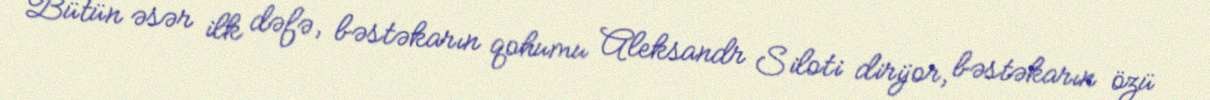
Bütün əsər ilk dəfə, bəstəkarın qohumu Aleksandr Siloti dirijor, bəstəkarın özü